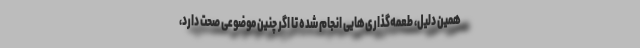
همین دلیل، طعمه‌گذاری‌هایی انجام شده تا اگر چنین موضوعی صحت دارد،